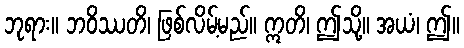
ဘုရား။ ဘဝိဿတိ၊ ဖြစ်လိမ့်မည်။ ဣတိ၊ ဤသို့။ အယံ၊ ဤ။